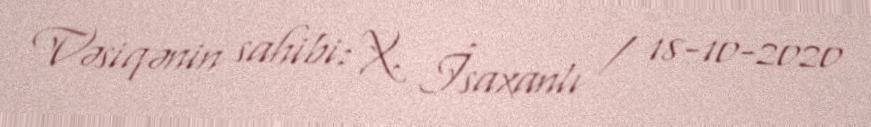
Vəsiqənin sahibi: X. İsaxanlı / 18-10-2020